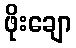
ဖိုးချော